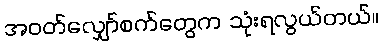
အဝတ်လျှော်စက်တွေက သုံးရလွယ်တယ်။